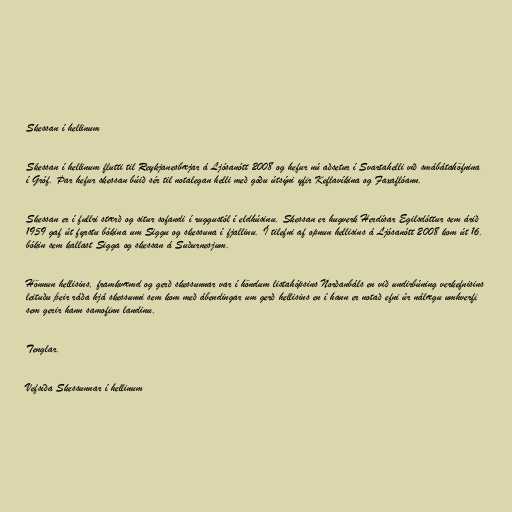
Skessan í hellinum

Skessan í hellinum flutti til Reykjanesbæjar á Ljósanótt 2008 og hefur nú aðsetur í Svartahelli við smábátahöfnina
í Gróf. Þar hefur skessan búið sér til notalegan helli með góðu útsýni yfir Keflavíkina og Faxaflóann.

Skessan er í fullri stærð og situr sofandi í ruggustól í eldhúsinu. Skessan er hugverk Herdísar Egilsdóttur sem árið
1959 gaf út fyrstu bókina um Siggu og skessuna í fjallinu. Í tilefni af opnun hellisins á Ljósanótt 2008 kom út 16.
bókin sem kallast Sigga og skessan á Suðurnesjum.

Hönnun hellisins, framkvæmd og gerð skessunnar var í höndum listahópsins Norðanbáls en við undirbúning verkefnisins
leituðu þeir ráða hjá skessunni sem kom með ábendingar um gerð hellisins en í hann er notað efni úr nálægu umhverfi
sem gerir hann samofinn landinu.

Tenglar.

Vefsíða Skessunnar í hellinum